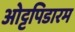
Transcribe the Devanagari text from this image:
ओट्टपिडारम